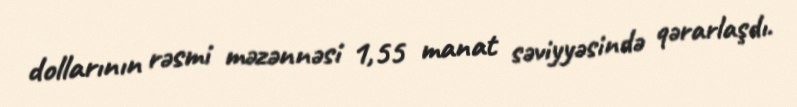
dollarının rəsmi məzənnəsi 1,55 manat səviyyəsində qərarlaşdı.